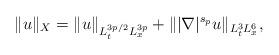
LaTeX: \begin{align*}\|u\|_X = \|u\|_{L_t^{3p/2}L_x^{3p}} + \| |\nabla|^{s_p} u\|_{L_t^3 L_x^6},\end{align*}